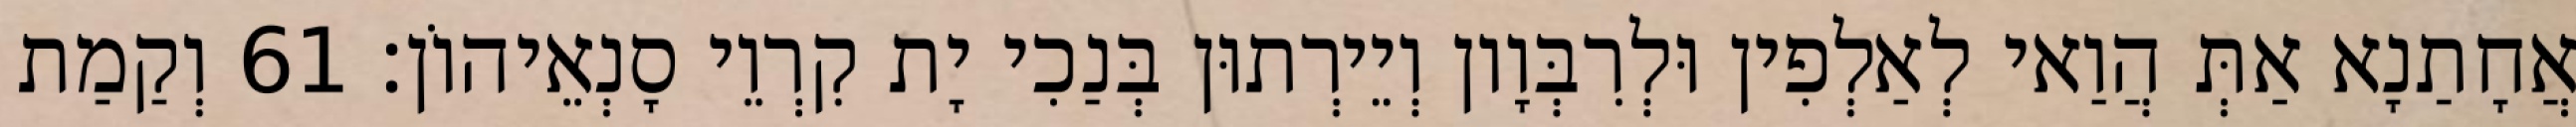
אֲחָתַנָא אַתְּ הֲוַאי לְאַלְפִין וּלְרִבְּוָון וְיֵירְתוּן בְּנַכִי יָת קִרְוֵי סָנְאֵיהוֹן׃ 61 וְקַמַת